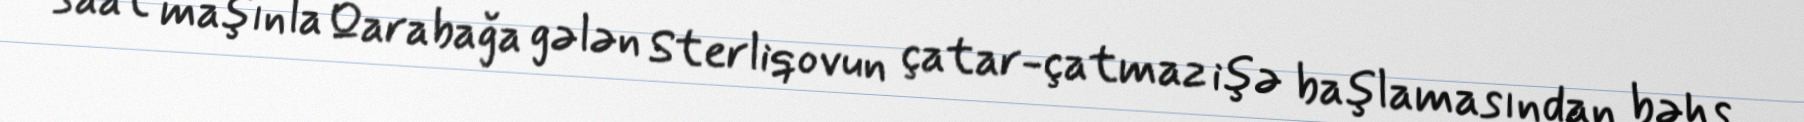
saat maşınla Qarabağa gələn Sterliqovun çatar-çatmaz işə başlamasından bəhs